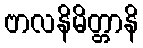
ဗာလနိမိတ္တာနိ